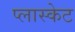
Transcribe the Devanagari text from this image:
प्लास्केट